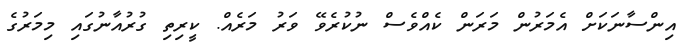
އިންސާނަކަށް އެމަރުން މަރަން ކެއްވެސް ނުކުރެވޭ ވަރު މަރެއް. ކީރިތި ގުރުއާނުގައި މިމަރުގެ